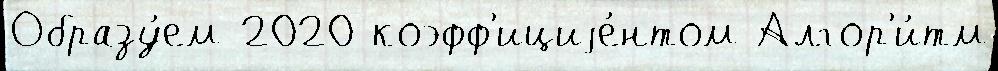
Образу́ем 2020 коэфф'ициjе́нтом Алгор'и́тм